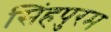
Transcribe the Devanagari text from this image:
सिंहपुरम